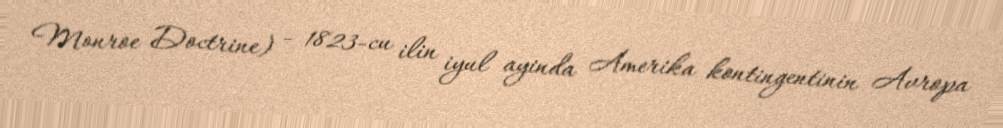
Monroe Doctrine) - 1823-cu ilin iyul ayinda Amerika kontingentinin Avropa